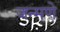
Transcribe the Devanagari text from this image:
जन्मणे